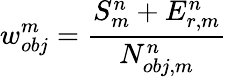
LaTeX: w_{obj}^{m}=\frac{S_{m}^{n}+E_{r,m}^{n}}{N_{obj,m}^{n}}